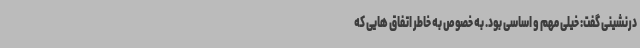
درنشینی گفت: خیلی مهم و اساسی بود. به خصوص به خاطر اتفاق هایی که